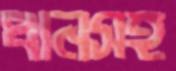
ধানসহ